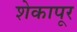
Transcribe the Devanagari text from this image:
शेकापूर